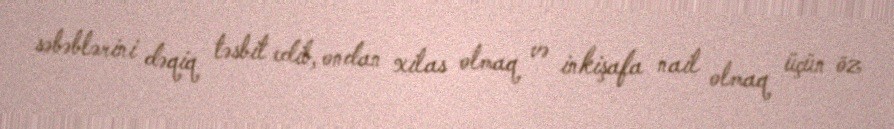
səbəblərini dəqiq təsbit edib, ondan xilas olmaq və inkişafa nail olmaq üçün öz